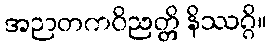
အဉာတကဝိညတ္တိ နိဿဂ္ဂိ။